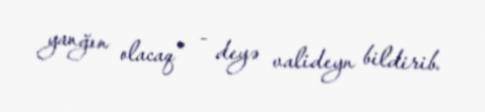
yanğın olacaq” - deyə valideyn bildirib.